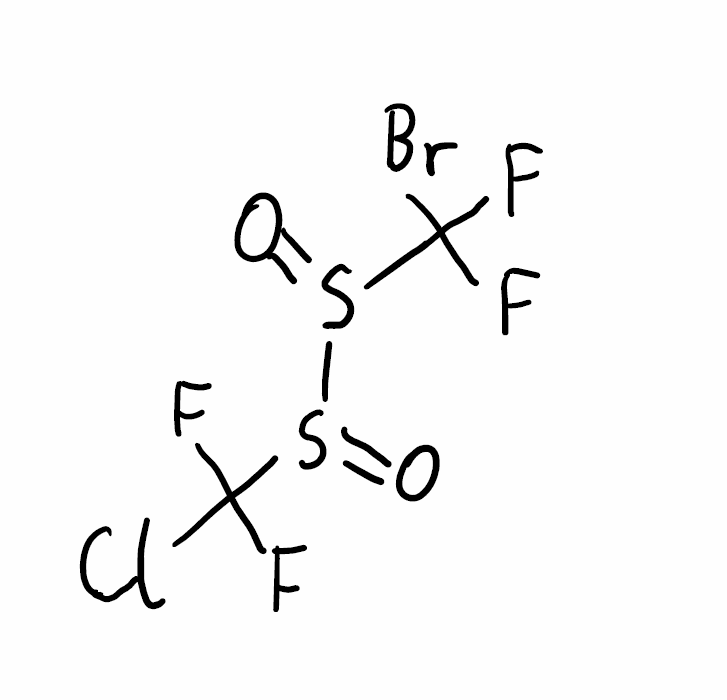
Simplified molecular-input line-entry system (SMILES) notation of the given molecule:
C(F)(F)(S(=O)S(=O)C(F)(F)Br)Cl